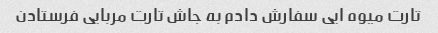
تارت میوه ایی سفارش دادم به جاش تارت مربایی فرستادن